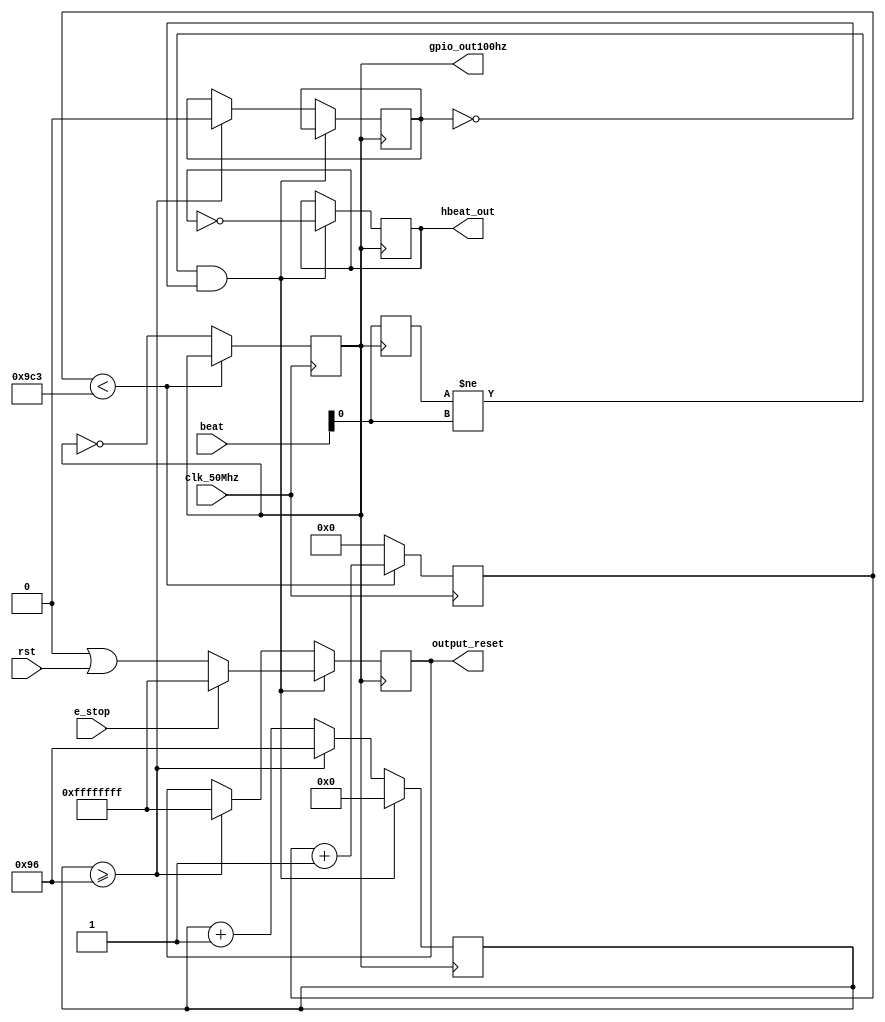
module heartbeat(
output [31:0] output_reset,
input clk_50Mhz,
input [31:0] rst,
output gpio_out100hz,
output hbeat_out,
input [31:0] beat,
input e_stop
);

	// generate 100 Hz from 50 MHz, bit flip at 200hz is equivalent to 100hz clock(square wave)
	reg [17:0] count_reg = 0; // 18 bit counter to 25Mhz
	reg out_100hz = 0;
	
	//Declarations for heartbeat
	reg beat_last = 0; 
	reg initial_loop = 1;
	reg beat_check = 0;
	reg [7:0] counter = 150;
	reg [31:0] temp_rst = 32'hFFFFFFFF;

	assign output_reset = temp_rst;
	assign gpio_out100hz = out_100hz;
	assign hbeat_out = beat_check;

	
	//Downsample clock
	always @(posedge clk_50Mhz) 
	begin
		if (count_reg < 2499) begin
			count_reg <= count_reg + 18'h1; //18 bit decimal 1
		end 
		else begin
			count_reg <= 0;
			out_100hz <= ~out_100hz;//this is now 10000hz
		end
	end
	

	//Heartbeat
	always @(posedge out_100hz) 
	begin
		if ((beat_last != beat[0]) && (initial_loop == 0)) begin
			counter <= 0;
			beat_check <= !beat_check;
			//temp_rst <= 0;
			if (e_stop == 1)
				temp_rst <= 32'hFFFFFFFF;
			else
				temp_rst <= 0|rst; //bitwise or
		end
		else begin
			counter <= counter + 1;
			if (counter >= 150) begin
				temp_rst <= 32'hFFFFFFFF;
				counter <= 8'h96; //150 decimal
				initial_loop <= 0;
			end
		end
		beat_last <= beat[0];
	end
	
	
endmodule